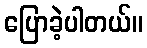
ပြောခဲ့ပါတယ်။